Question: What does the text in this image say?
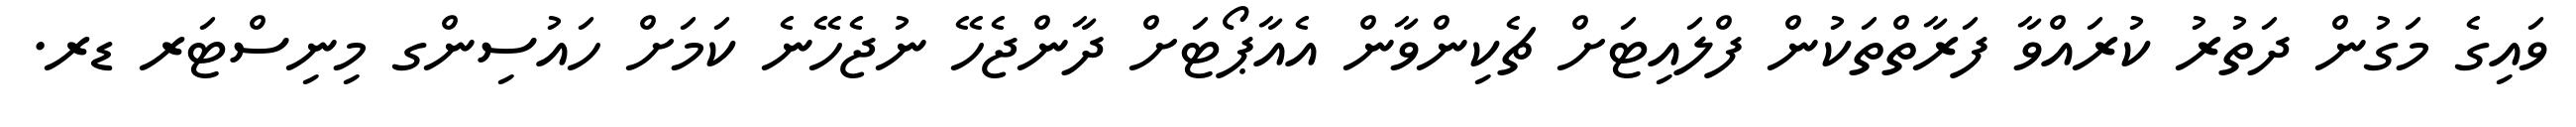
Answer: ވައިގެ މަގުން ދަތުރު ކުރައްވާ ފަރާތްތަކުން ފްލައިޓަށް ޗެކިންވާން އެއާޕޯޓަށް ދާންޖެހޭ ނުޖެހޭނެ ކަމަށް ހައުސިންގ މިނިސްޓަރ ޑރ.